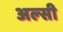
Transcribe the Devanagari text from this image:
अल्‍सी